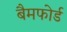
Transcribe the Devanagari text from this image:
बैमफोर्ड